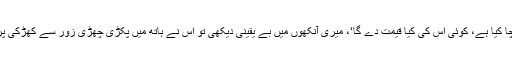
’ وہ ایسے کہ اب اس مکان میں بچا کیا ہے، کوئی اس کی کیا قیمت دے گا‘، میری آنکھوں میں بے یقینی دیکھی تو اس نے ہاتھ میں پکڑی چھڑی زور سے کھڑکی پر ماری تو اس کا پٹ نیچے آ گرا۔